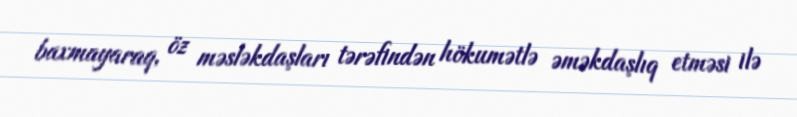
baxmayaraq, öz məsləkdaşları tərəfindən hökumətlə əməkdaşlıq etməsi ilə